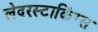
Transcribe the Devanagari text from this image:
लेदरस्टाकिंग्स